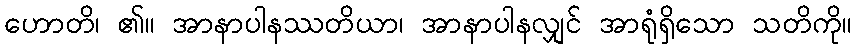
ဟောတိ၊ ၏။ အာနာပါနဿတိယာ၊ အာနာပါနလျှင် အာရုံရှိသော သတိကို။